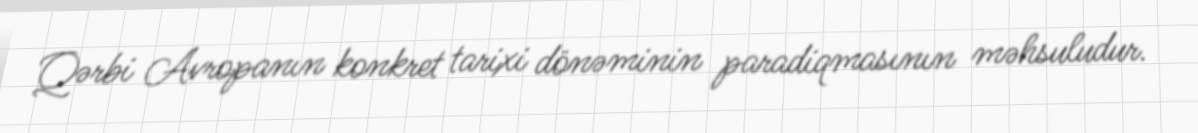
Qərbi Avropanın konkret tarixi dönəminin paradiqmasının məhsuludur.